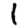
Digit: 1